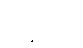
ကြို့ကုန်း